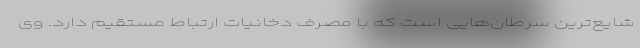
شایع‌ترین سرطان‌هایی است که با مصرف دخانیات ارتباط مستقیم دارد. وی